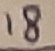
Text: 18